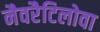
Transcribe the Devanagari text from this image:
नैवरैटिलोवा